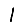
Digit: 1